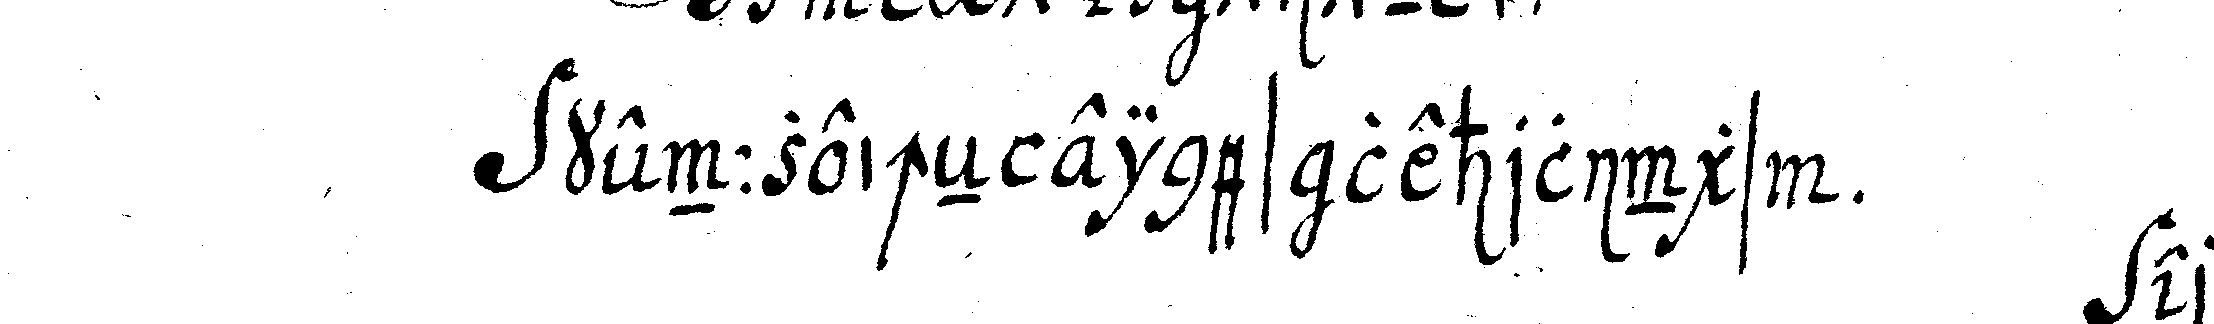
kennzeicheN eines lehrlings .